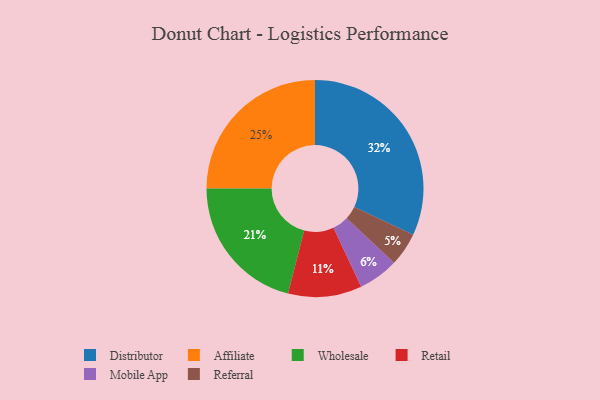
{"axis": {"x": "Category", "y": "Percentage"}, "legend": ["Affiliate", "Distributor", "Mobile App", "Referral", "Retail", "Wholesale"], "data": [{"x": "Wholesale", "y": 21, "type": "Wholesale"}, {"x": "Distributor", "y": 32, "type": "Distributor"}, {"x": "Mobile App", "y": 6, "type": "Mobile App"}, {"x": "Affiliate", "y": 25, "type": "Affiliate"}, {"x": "Retail", "y": 11, "type": "Retail"}, {"x": "Referral", "y": 5, "type": "Referral"}]}